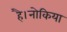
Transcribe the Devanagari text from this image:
है।नोकिया